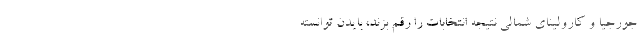
جورجیا و کارولینای شمالی نتیجه انتخابات را رقم بزند، بایدن توانسته